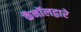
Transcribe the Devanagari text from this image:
कॅनॉलद्वारे